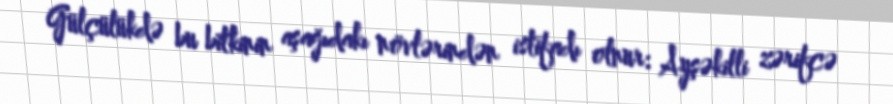
Gülçülükdə bu bitkinin aşağıdakı növlərindən istifadı olnur: Ayşəkilli zərifcə